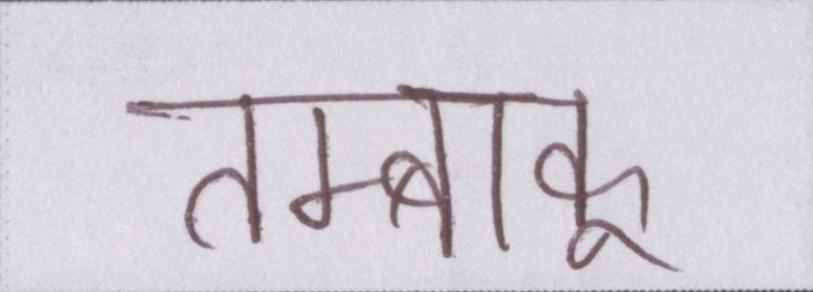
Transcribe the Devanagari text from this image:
तम्बाकू